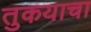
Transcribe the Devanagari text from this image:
तुकयाचा